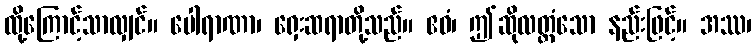
ထို့ကြောင့်သာလျှင်။ ပေါရာဏာ၊ ရှေးဆရာတို့သည်။ ဧဝံ၊ ဤဆိုလတ္တံသော နည်းဖြင့်။ အဿ၊